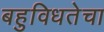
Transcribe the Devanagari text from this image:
बहुविधतेचा